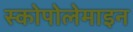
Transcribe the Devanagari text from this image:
स्कोपोलेमाइन